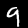
Label: 9